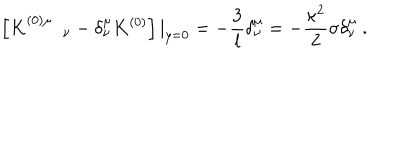
LaTeX: \left[ K _ { \quad \quad \nu } ^ { ( 0 ) \mu } - \delta _ { \nu } ^ { \mu } K ^ { ( 0 ) } \right] | _ { y = 0 } = - { \frac { 3 } { l } } \delta _ { \nu } ^ { \mu } = - { \frac { \kappa ^ { 2 } } { 2 } } \sigma \delta _ { \nu } ^ { \mu } \ .